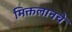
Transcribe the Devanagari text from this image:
मिक्तलानचे